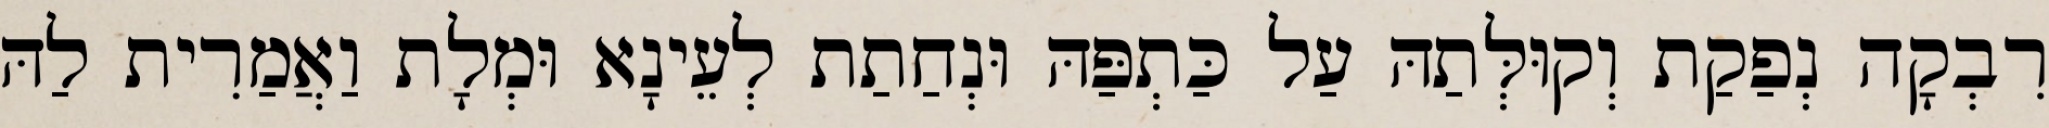
רִבְקָה נְפַקַת וְקוּלְּתַהּ עַל כַּתְפַּהּ וּנְחַתַת לְעֵינָא וּמְלָת וַאֲמַרִית לַהּ